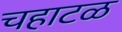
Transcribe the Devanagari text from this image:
चहाटळ